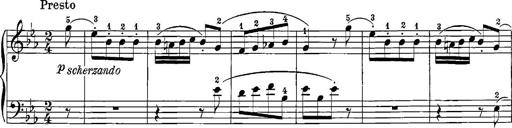
Title: 12 Sonatinas
Composer: Ignaz Pleyel